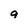
Character: q